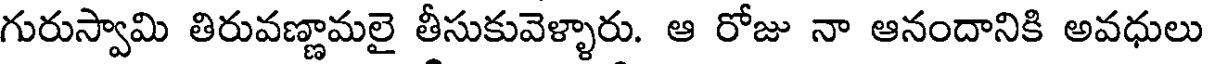
గురుస్వామి తిరువణ్ణామలై తీసుకువెళ్ళారు. ఆ రోజు నా ఆనందానికి అవధులు